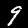
Digit: 9